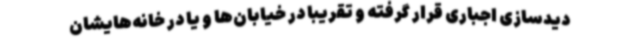
دیدسازی اجباری قرار گرفته و تقریباً در خیابان‌ها و یا در خانه‌هایشان